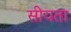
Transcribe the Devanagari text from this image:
सीयता